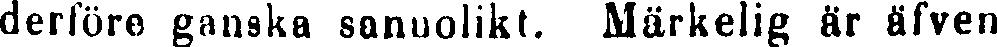
derföre ganska sannolikt. Märkelig är äfven